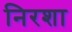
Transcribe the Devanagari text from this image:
निरशा